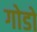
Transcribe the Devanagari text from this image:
गोडो